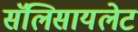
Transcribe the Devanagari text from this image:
सॅलिसायलेट